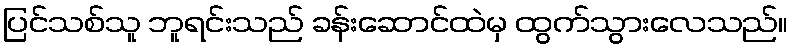
ပြင်သစ်သူ ဘူရင်းသည် ခန်းဆောင်ထဲမှ ထွက်သွားလေသည်။